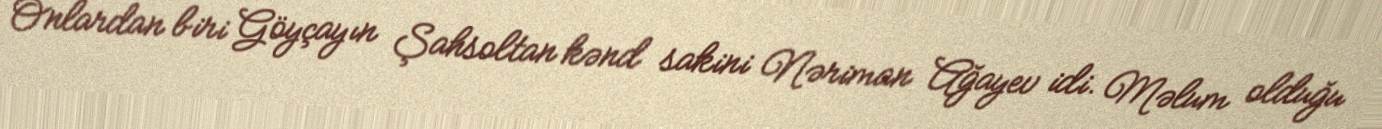
Onlardan biri Göyçayın Şahsoltan kənd sakini Nəriman Ağayev idi. Məlum olduğu